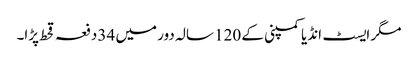
مگر ایسٹ انڈیا کمپنی کے 120 سالہ دور میں 34 دفعہ قحط پڑا۔